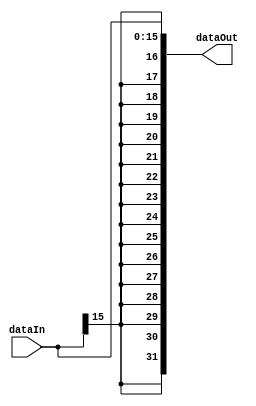
module signExtend (
input [15:0] dataIn ,
output [31:0] dataOut
);

assign dataOut = { {(16){dataIn[15]}} , dataIn };

endmodule